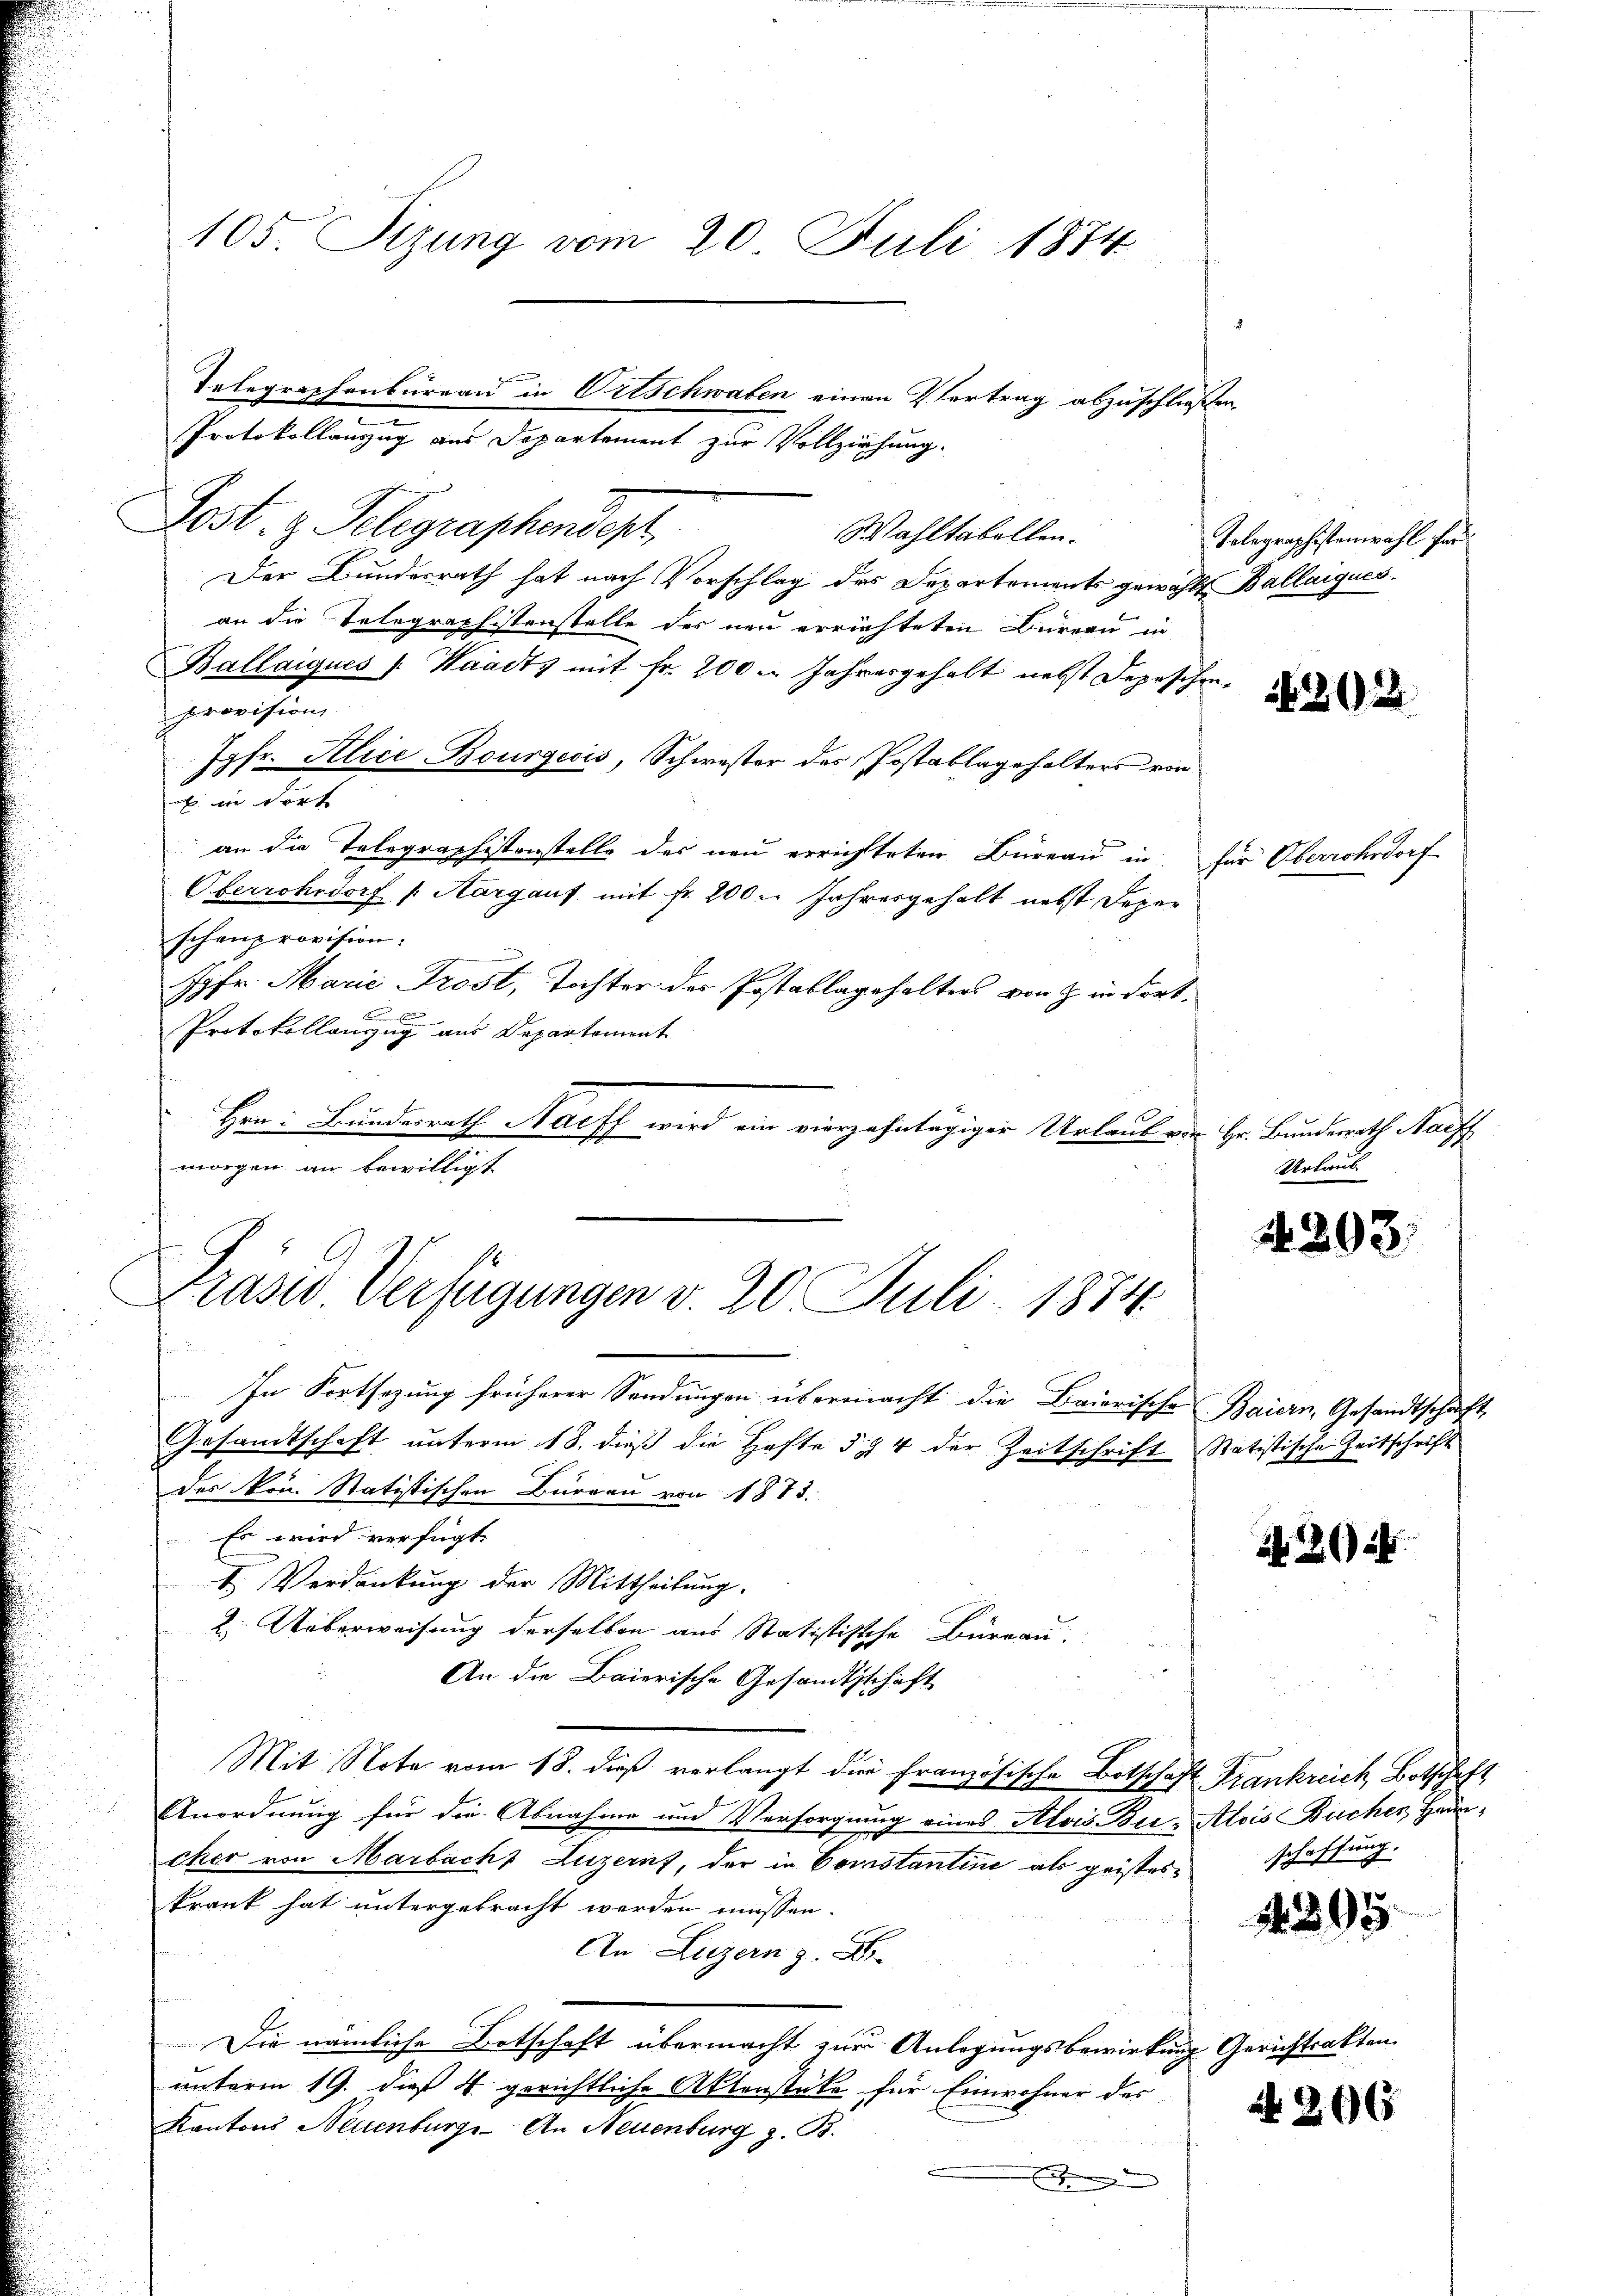
Protokollanzug aus Departement zur Vollziehung.
Lost. z. Telegraphendest
Wahltabellen.
Der Bundesrath hat nach Vorschlag des Departements gewählt Ballaigues.
an die Telegraphistenstelle des neu errichteten Büreau in
Ballaiques /: Waadt, mit Fr. 200 u. Jahresgehalt nebst Depeschen
provision
Jgfr. Alice Bourgecis, Schwester des Postablagehalters von
E in dort
an die Telegraphistenstelle des neu errichteten Bureau in für Oberrohsdorf
Oberrohrdorf /: Margauf mit Fr. 200. Jahresgehalt nebst Depar
schenprovision:
Jgfr. Marić Trost, Tochter der Postablagehalters von & in dort¬

Protokollanzug aus Departement
Hrn. Bundesrath Harff wird ein vierzehntägiger Urlaub von Hr. Bundesrath Nachf
morgen an bewilligt
In Fortsezung früherer Sendungen übermacht die Baierische Baiern, Gesandtschaft
Gesandtschaft unterm 18. dieß die Hafte § § 4 der Zeitschrift Statistische Zeitschrift
des Hrn. Statistischen Büreau von 1873.
Es wird verfügt:
I. Verdankung der Mittheilung.
2. Ueberweisung derselben aus Statistische Büreau
An die Baierische Gesandtschaft
Mit Note vom 18. dieß verlangt die Französische Botschaft Frankreich, Botschaft
Anordnung für die Abnahme und Versorgnung eines Alois Bei- Alois Bucher Haucher von Marbach Luzern, der in Constantine als geisteskrank hat untergebracht werden müssen.
An Luzern z. B.
Die nämliche Botschaft übermacht zur Anlegungsbewirkung Gerichtsakten
unterm 19. dieß 4 gerichtliche Aktenstüke für Einwohner des
Kantons Neuenburge. An Neuenburg z. B.
x

105. Sizung vom 20. Juli 1874

Telegraphenbureau in Ortschwaben einen Vertrag abzuschließen,

Präsid. Verfügungen v. 20. Juli 1884.

Tolographistenwahl für

362

Urtweil

N 293.

2

schaffung.

1295.

266